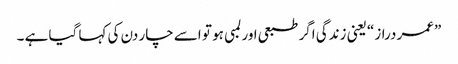
”عمر دراز“ یعنی زندگی اگر طبعی اور لمبی ہو تو اسے چار دن کی کہا گیا ہے ۔